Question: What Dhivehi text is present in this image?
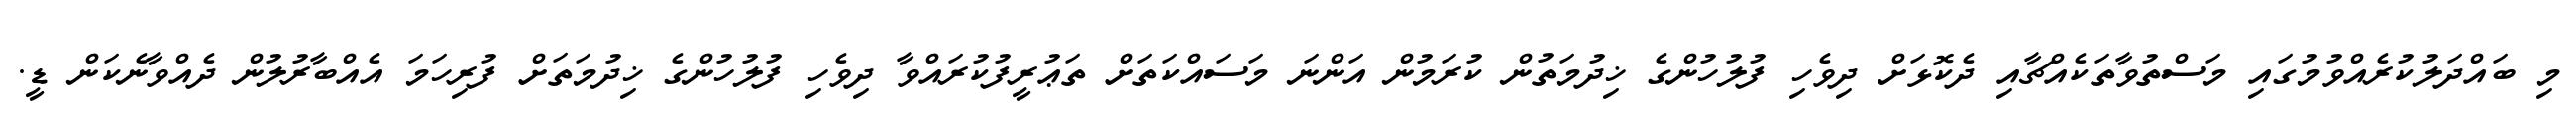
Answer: މި ބައްދަލުކުރެއްވުމުގައި މަސްތުވާތަކެއްޗާއި ދެކޮޅަށް ދިވެހި ފުލުހުންގެ ޚިދުމަތުން ކުރަމުން އަންނަ މަސައްކަތަށް ތަޢުރީފުކުރައްވާ ދިވެހި ފުލުހުންގެ ޚިދުމަތަށް ފުރިހަމަ އެއްބާރުލުން ދެއްވާނެކަން ޑީ.